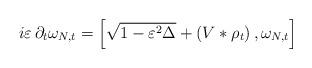
LaTeX: \begin{align*} i \varepsilon \, \partial_t \omega_{N,t}= \left[ \sqrt{1-\varepsilon^2\Delta} + \left( V * \rho_t\right), \omega_{N,t} \right] \end{align*}